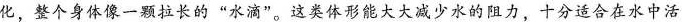
化，整个身体像一颗拉长的”水滴”。这类体形能大大减少水的阻力，十分适合在水中活